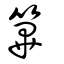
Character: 篳